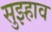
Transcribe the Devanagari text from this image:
सुझ्हाव